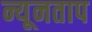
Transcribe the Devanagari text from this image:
न्यूनताप